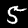
Label: 5